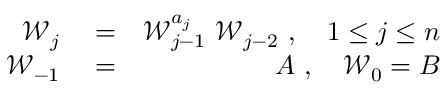
\begin{array} { r l r } { \mathcal { W } _ { j } } & { { } = } & { \mathcal { W } _ { j - 1 } ^ { a _ { j } } \ \mathcal { W } _ { j - 2 } \ , \quad 1 \leq j \leq n } \\ { \mathcal { W } _ { - 1 } } & { { } = } & { A \ , \quad \mathcal { W } _ { 0 } = B } \end{array}